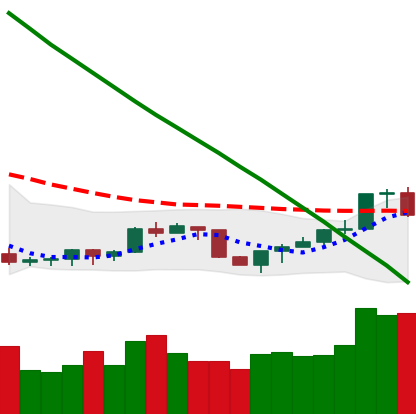
Ticker: NEO-USD
Chart end date: 2022-07-20
Forward return: -5.016%
Label: down_5_7